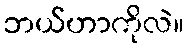
ဘယ်ဟာကိုလဲ။